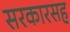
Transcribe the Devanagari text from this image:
सरकारसह